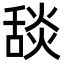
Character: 舕